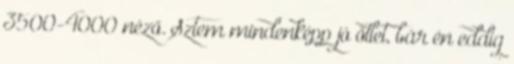
3500-4000 néző. Sztem mindenképp jó ötlet, bár én eddig